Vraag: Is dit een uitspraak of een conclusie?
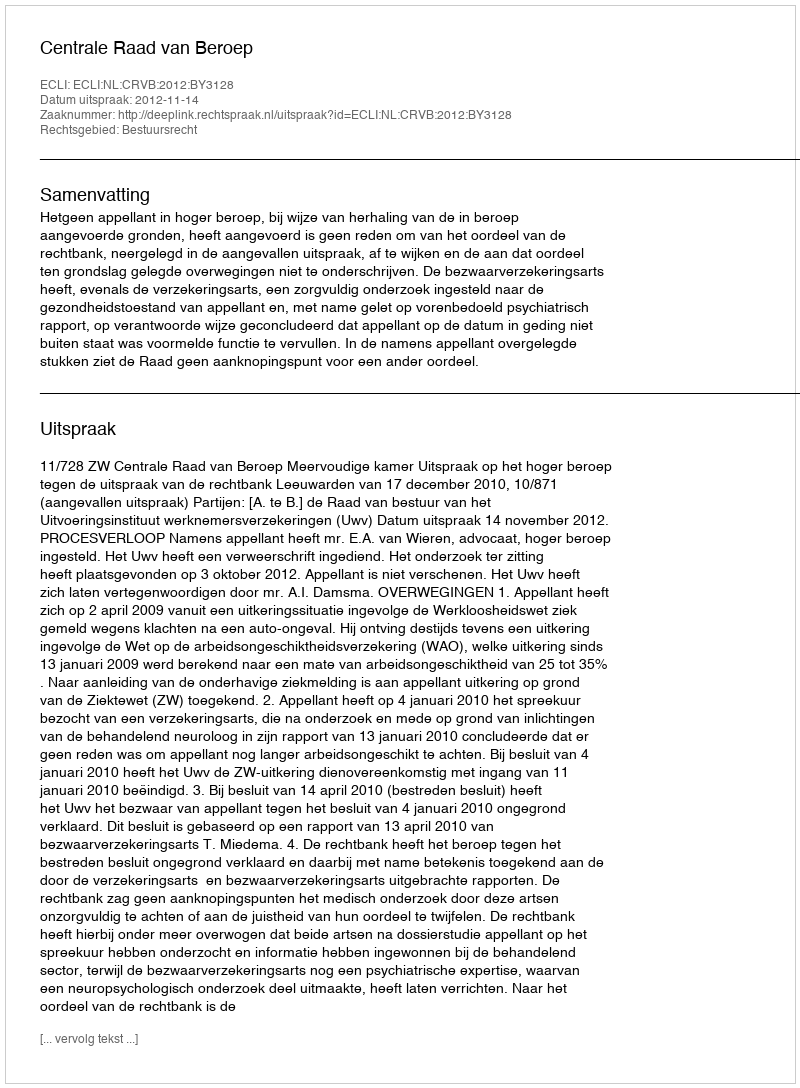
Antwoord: Uitspraak